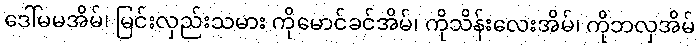
ဒေါ်မမအိမ်၊ မြင်းလှည်းသမား ကိုမောင်ခင်အိမ်၊ ကိုသိန်းလေးအိမ်၊ ကိုဘလှအိမ်